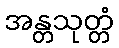
အန္တသုတ္တံ